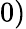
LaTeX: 0)